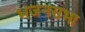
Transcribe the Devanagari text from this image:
भजनसभा